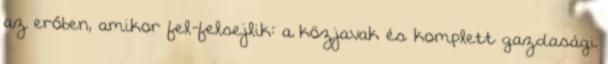
az erőben, amikor fel-felsejlik: a közjavak és komplett gazdasági